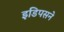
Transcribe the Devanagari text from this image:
इडिपसने